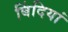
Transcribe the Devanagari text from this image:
बिंदियां